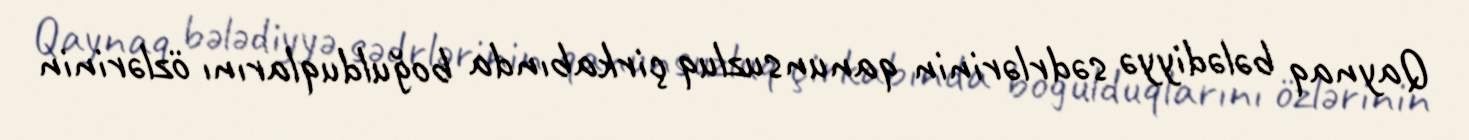
Qaynaq bələdiyyə sədrlərinin qanunsuzluq çirkabında boğulduqlarını özlərinin